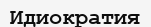
Идиократия